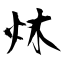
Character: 炑